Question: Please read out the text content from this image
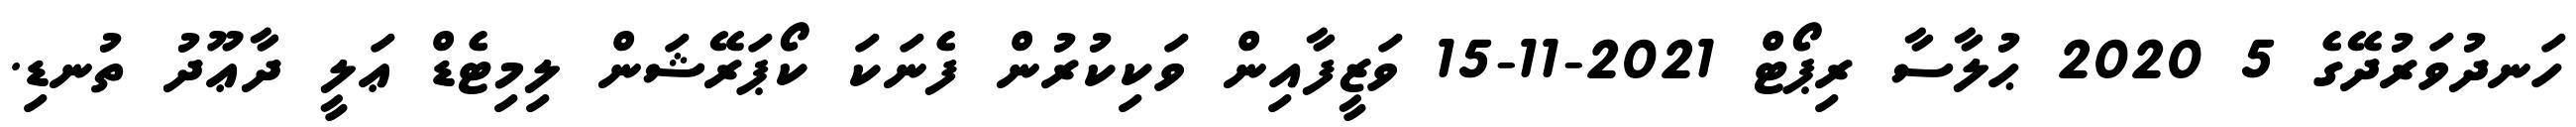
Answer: ހަނދުވަރުދޭގެ 5 2020 ޙުލާސާ ރިޕޯޓް 2021-11-15 ވަޒީފާއިން ވަކިކުރުން ފެނަކަ ކޯޕަރޭޝަން ލިމިޓެޑް ޢަލީ ދާޢޫދު ތުނޑި.